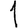
Digit: 1